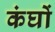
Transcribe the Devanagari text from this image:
कंघों